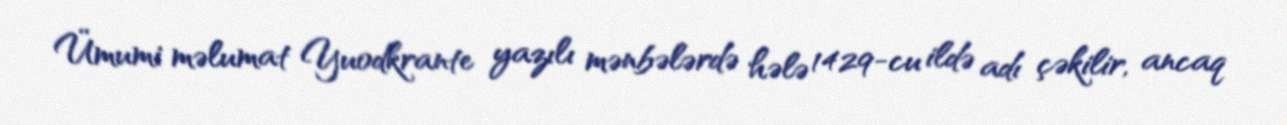
Ümumi məlumat Yuodkrante yazılı mənbələrdə hələ 1429-cu ildə adı çəkilir, ancaq